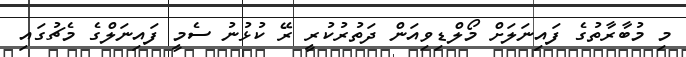
މި މުބާރާތުގެ ފައިނަލަށް މޯލްޑިވިއަން ދަތުރުކުރީ ރޭ ކުޅުނު ސެމީ ފައިނަލްގެ މެޗުގައި